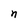
Character: n